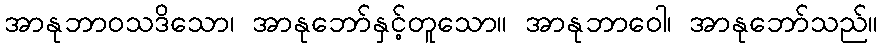
အာနုဘာဝသဒိသော၊ အာနုဘော်နှင့်တူသော။ အာနုဘာဝေါ၊ အာနုဘော်သည်။